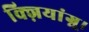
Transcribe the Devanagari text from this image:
क्ज़ियांग्नू।